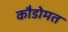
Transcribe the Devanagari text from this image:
कौडोमत